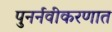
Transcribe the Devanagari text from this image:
पुनर्नवीकरणात